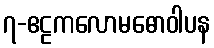
၇-ဧဠကလောမဓောဝါပန